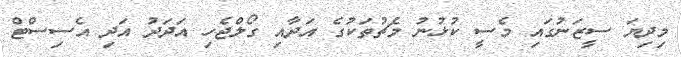
މިދިޔަ ސީޒަނުގައި މެސީ ކުޅުނު މެޗުތަކުގެ އަދާއި ގޯލްޖެހި އަދަދު އަދި އެސިސްޓް